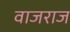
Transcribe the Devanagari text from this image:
वाजराज